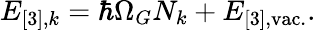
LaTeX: E_{[3],k}=\hbar\Omega_{G}N_{k}+E_{[3],\mathrm{vac.}}.